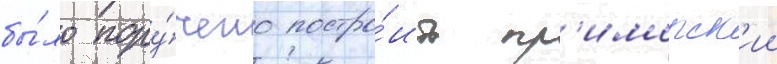
бы́ло пору́чено постро́ить пр'иморск'ии